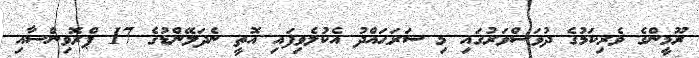
ރޫމީންގެ ވެރިކަމުގެ ދުވަސްވަރުގައި މި ސަރަޙައްދު އެކުލެވިފައި އޮތީ ނެދަލޭންޑުގެ 17 ޕްރޮވިންސާއި